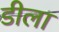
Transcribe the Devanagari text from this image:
डीला